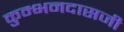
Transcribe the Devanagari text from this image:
कुम्भनदासजी